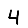
Digit: 4